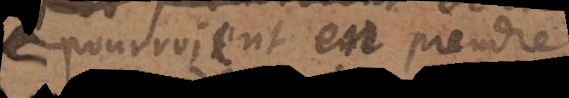
pourroient en prendre